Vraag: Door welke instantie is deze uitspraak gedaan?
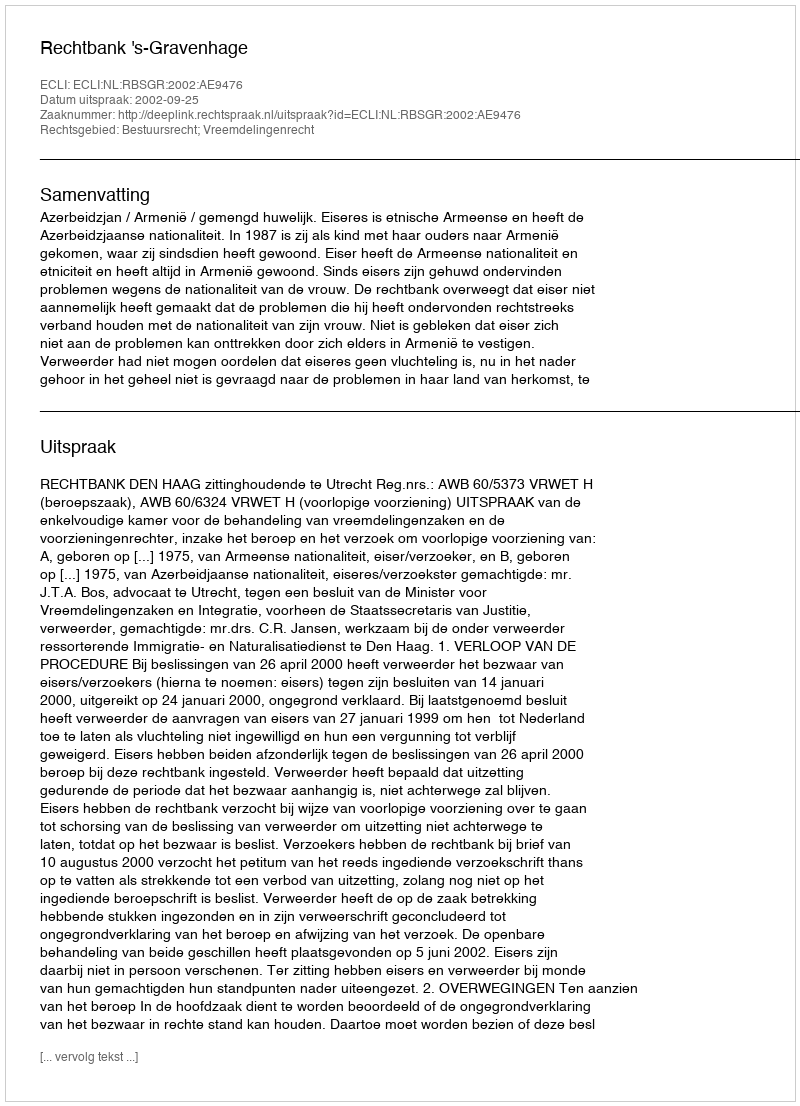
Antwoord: Rechtbank 's-Gravenhage